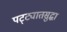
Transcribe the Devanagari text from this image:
पट्ट्यातसुद्धा